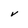
Character: v